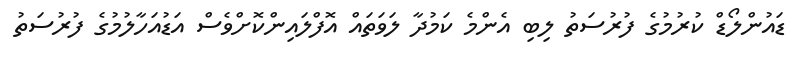
ޑައުންލޯޑް ކުރުމުގެ ފުރުސަތު ލިބި އެންމެ ކަމުދާ ލަވަތައް އޮފްލައިންކޮށްވެސް އަޑުއަހާލުމުގެ ފުރުސަތު